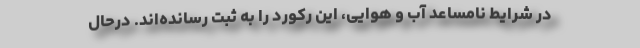
در شرایط نامساعد آب و هوایی، این رکورد را به ثبت رسانده‌اند. درحال